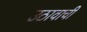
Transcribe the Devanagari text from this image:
उठावाची